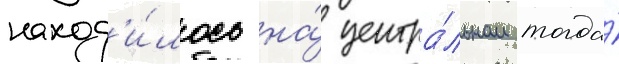
наход'и́лось на́ центра́льном тогда́